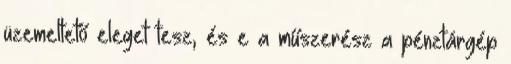
üzemeltető eleget tesz, és e a műszerész a pénztárgép